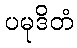
ပမုဒိတံ